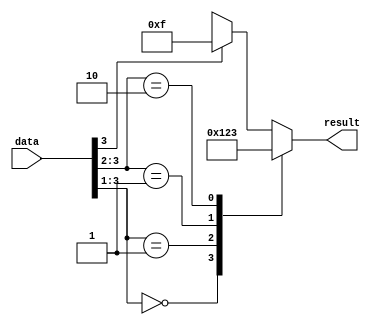
module casez_example (
    input [3:0] data,
    output reg [3:0] result
);

always @(*) begin
    casez(data)
        4'b000z: result = 4'b0000;
        4'b001z: result = 4'b0001;
        4'b01zz: result = 4'b0010;
        4'b10zz: result = 4'b0011;
        4'b1zzz: result = 4'b1111;
        default: result = 4'bxxxx; // default case for unspecified conditions
    endcase
end

endmodule